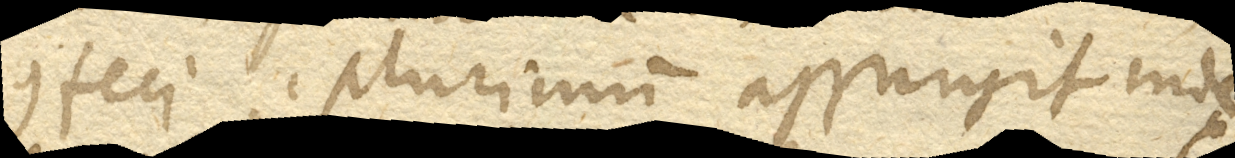
confeci, plurimum assurgit index